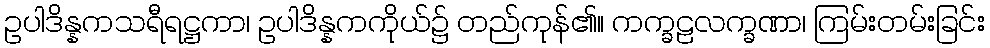
ဥပါဒိန္နကသရီရဋ္ဌကာ၊ ဥပါဒိန္နကကိုယ်၌ တည်ကုန်၏။ ကက္ခဠလက္ခဏာ၊ ကြမ်းတမ်းခြင်း